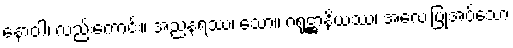
နောဝါ၊ လည်းကောင်း။ အညနရဿ၊ သော။ ဂရုဋ္ဌာနိယဿ၊ အလေးပြုအပ်သော